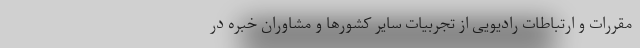
مقررات و ارتباطات رادیویی از تجربیات سایر کشورها و مشاوران خبره در